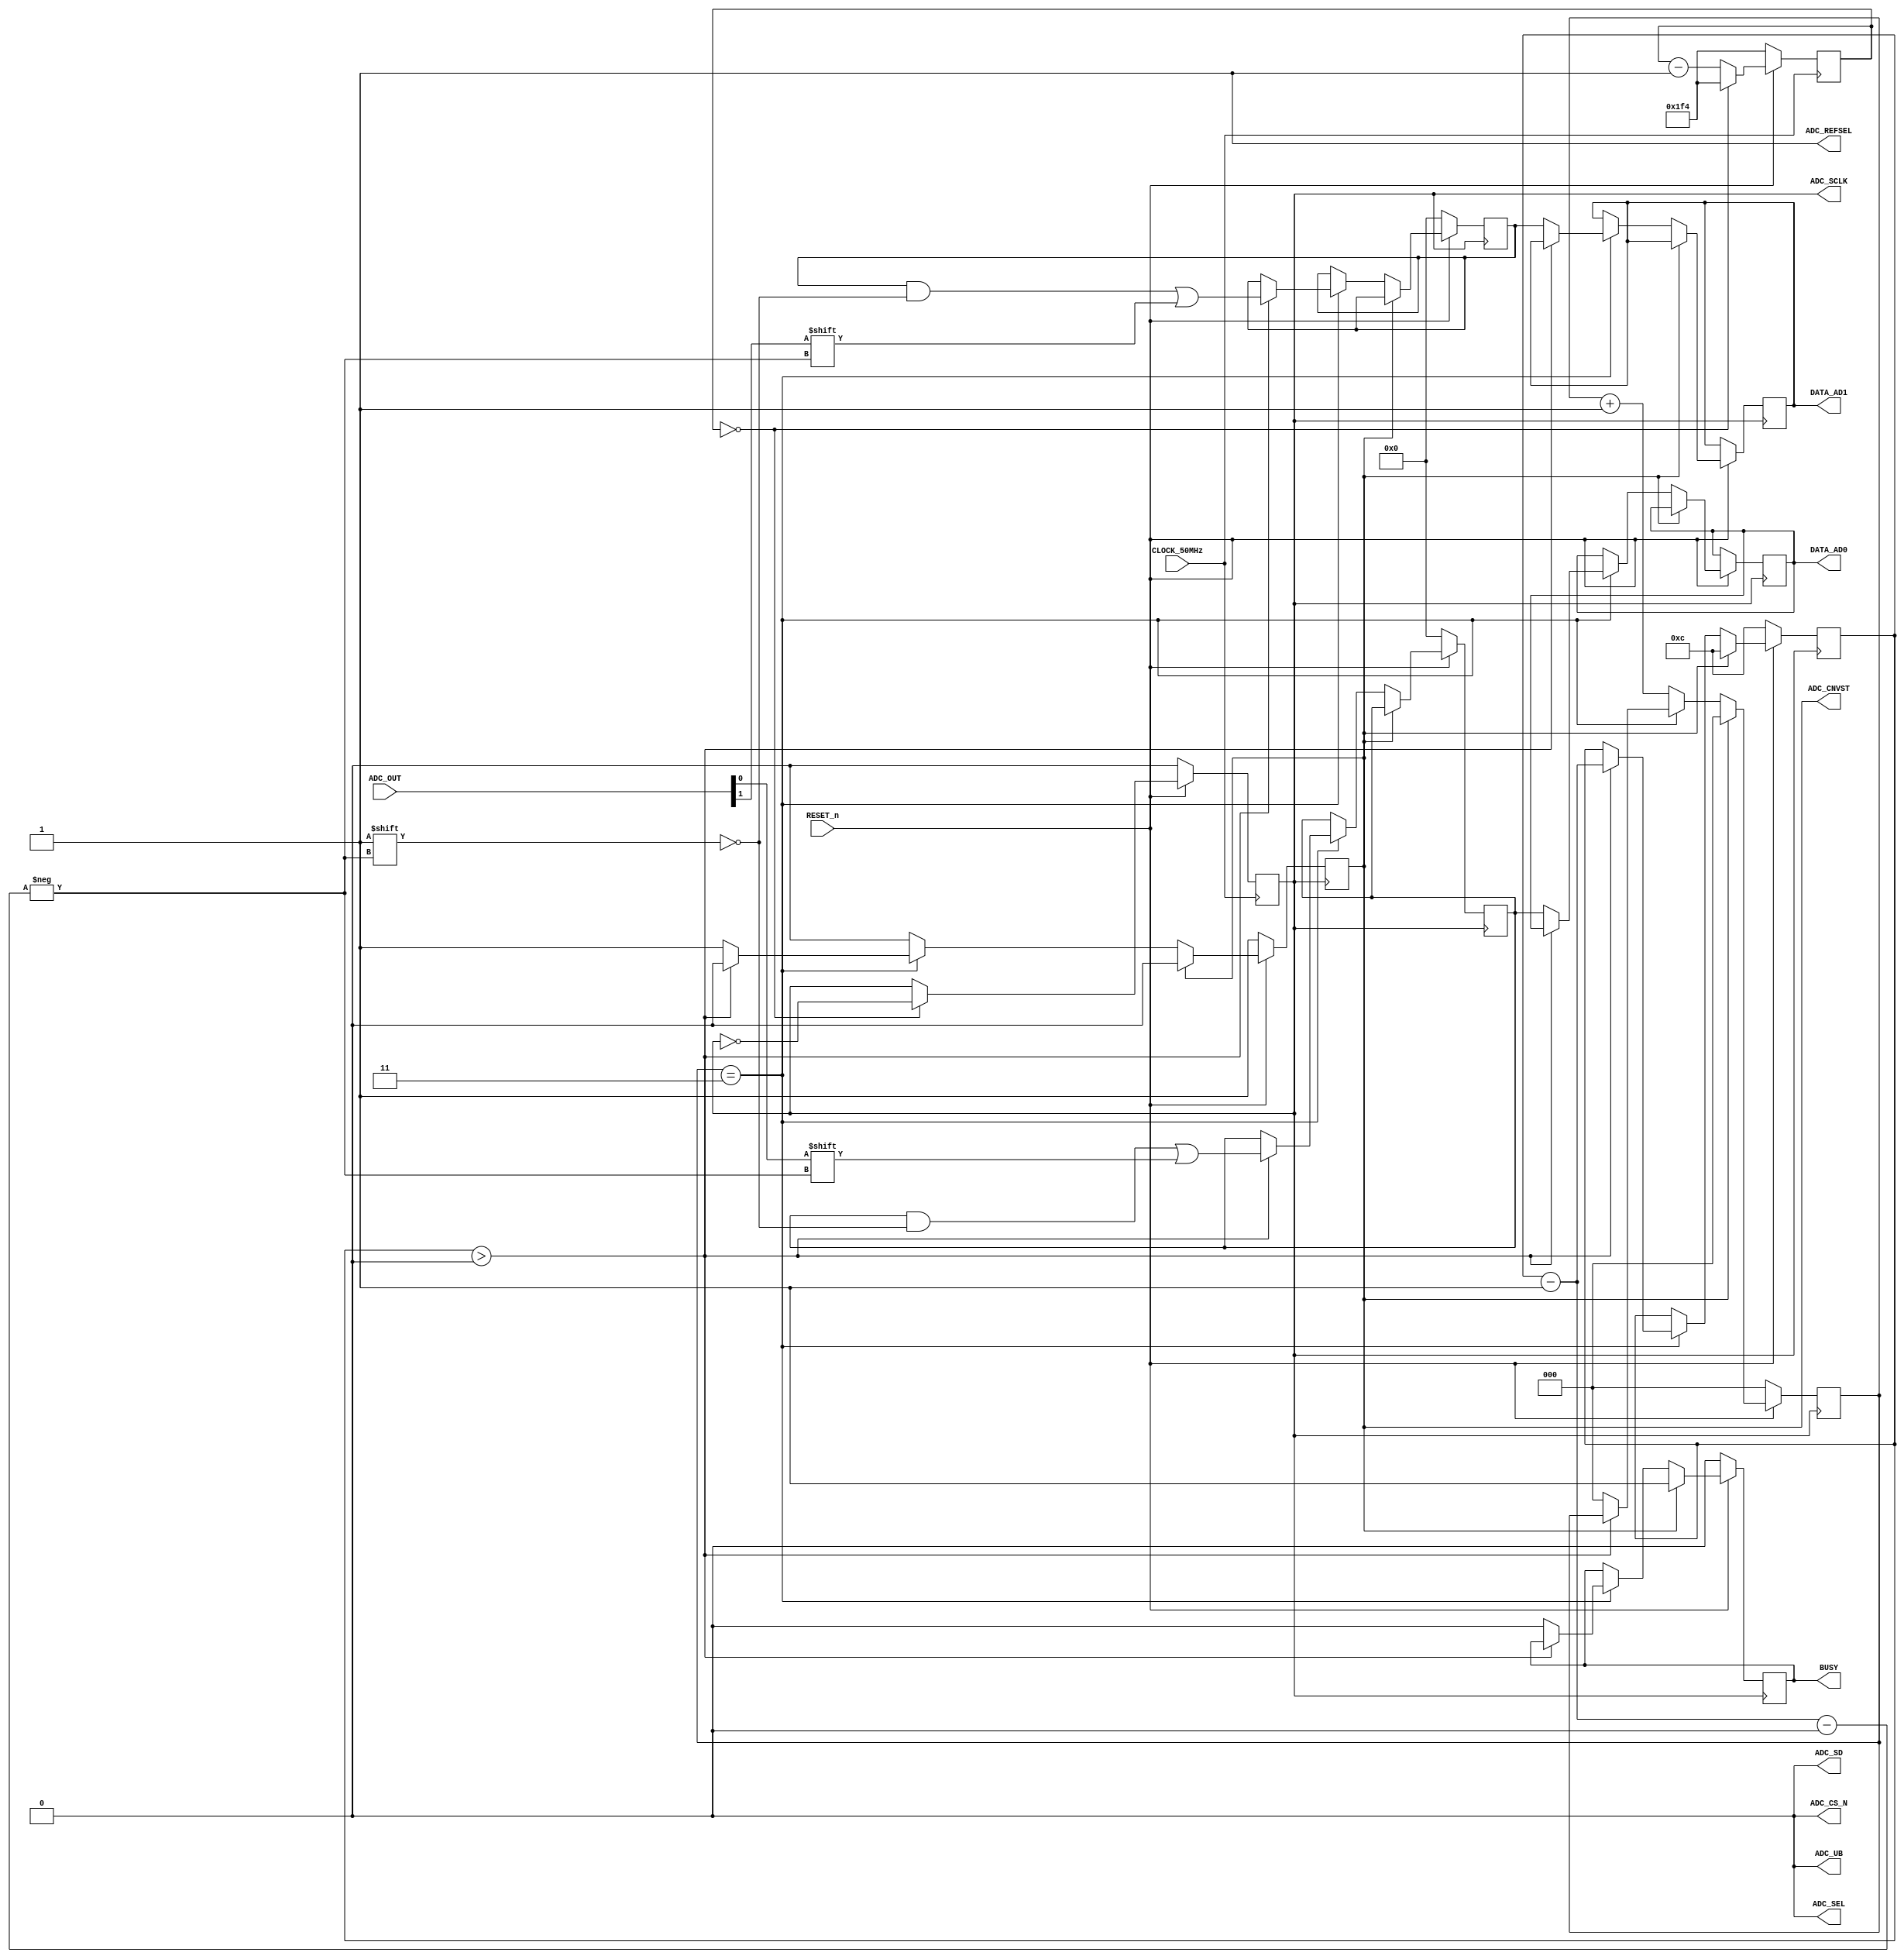
module ADMAX1379(
	RESET_n, 
	CLOCK_50MHz, 
	ADC_OUT, 
	ADC_CNVST, 
	ADC_CS_N, 
	ADC_REFSEL, 
	ADC_SCLK, 
	ADC_SD, 
	ADC_UB,
	ADC_SEL,
	BUSY,
	DATA_AD0,
	DATA_AD1,
	);
	
	input RESET_n;							
	input CLOCK_50MHz;					
	input [1:0]ADC_OUT;					
	output reg ADC_CNVST;				//Sinaliza que uma nova converso deve ser iniciada (1 = sem conversao, 0 = inicia uma conversao)
	output ADC_CS_N;						//Chip Select/Enable
	output ADC_REFSEL;					//Define qual ser a tenso de referncia para ADC
	output reg ADC_SCLK;				//Clock da comunicao serial
	output ADC_SD;							//Seleo entre os modos single ou dual
	output ADC_UB;							//Seleo entre modo unipolar ou modo bipolar (entradas diferenciais)
	output ADC_SEL;							//Seleciona se sero utilizadas as entradas analgicas primrias ou secundrias (modo unipolar apenas)
	output reg BUSY;
	output reg [11:0] DATA_AD0;
	output reg [11:0] DATA_AD1;

	assign ADC_CS_N   = 1'b0;		//Habilita o modulo
	assign ADC_REFSEL = 1'b1;		//Define a tensao de referencial como externa
	
	//Configura o modulo como dual e disponibiliza os dados dos conversores em paralelo na saida
	assign ADC_SD     = 1'b0;
	assign ADC_UB     = 1'b0;
	assign ADC_SEL    = 1'b0;
	
	reg [9:0] counter;
	reg [2:0] latencia;
	reg [19:0] timing;
	reg [11:0] data0;
	reg [11:0] data1;
	reg [3:0]i; 
	
	//Gerando o pulso de SCLK de 6.250MHz, conversor trabalho no maximo com 12.5MHz
	//Equacao: ADC_SCLK = Clock /(2*n)     n = quantidade que ser contada (n = 4)
	
	always @ (posedge CLOCK_50MHz) begin
		if (!RESET_n) 
			begin
				ADC_SCLK    <= 1'b0;
				counter 		<= 9'd500; 						//define o valor 4 ao contador
			end 
		else 
			begin
				if (counter == 9'd0) 						//quando contador = 0, ele gera pulso para ADC_SCLK
					begin
						ADC_SCLK <= ~ADC_SCLK;			//Gera a borda de descida
						counter	<= 9'd500;
					end
				else 
					begin
						counter <= counter - 2'd1;
					end
			end
	end
	
	always @ (posedge ADC_SCLK)	begin
		if (RESET_n) 
			begin	//inicia a conversao imediatamente depois do reset
				if (ADC_CNVST) 
					begin
						ADC_CNVST 	<= 1'b0;
						BUSY			<= 1'b1;;
						timing    	<= 5'd0;
						latencia  	<= 3'd0;
						i         	<= 4'd12;
					end
				else begin	//apos o 
						if (latencia == 3'd3) //verificando o 5 pulso para iniciar a leitura
							begin
								if(i > 3'd0)
									begin
										data0[i- 1'b1] 	<= ADC_OUT[0];
										data1[i- 1'b1] 	<= ADC_OUT[1];
										i 						 	<= i - 1'b1;
									end
								else
									begin
										DATA_AD0 		<= data0;
										DATA_AD1 		<= data1;
										latencia 		<= 3'd0;
										ADC_CNVST 	<= 1'b1;
										BUSY 				<= 1'b0;
									end
							end 
						else 
							begin
								latencia <= latencia + 1'd1;
							end
					end
			end
		else
			begin
				ADC_CNVST 	<= 1'b1;
				BUSY 				<= 1'b0;
				data0     	<= 12'd0;
				data1     	<= 12'd0;
				latencia  	<= 3'd0;
				timing    	<= 5'd0;
				i         	<= 4'd12;
			end 
	end
endmodule